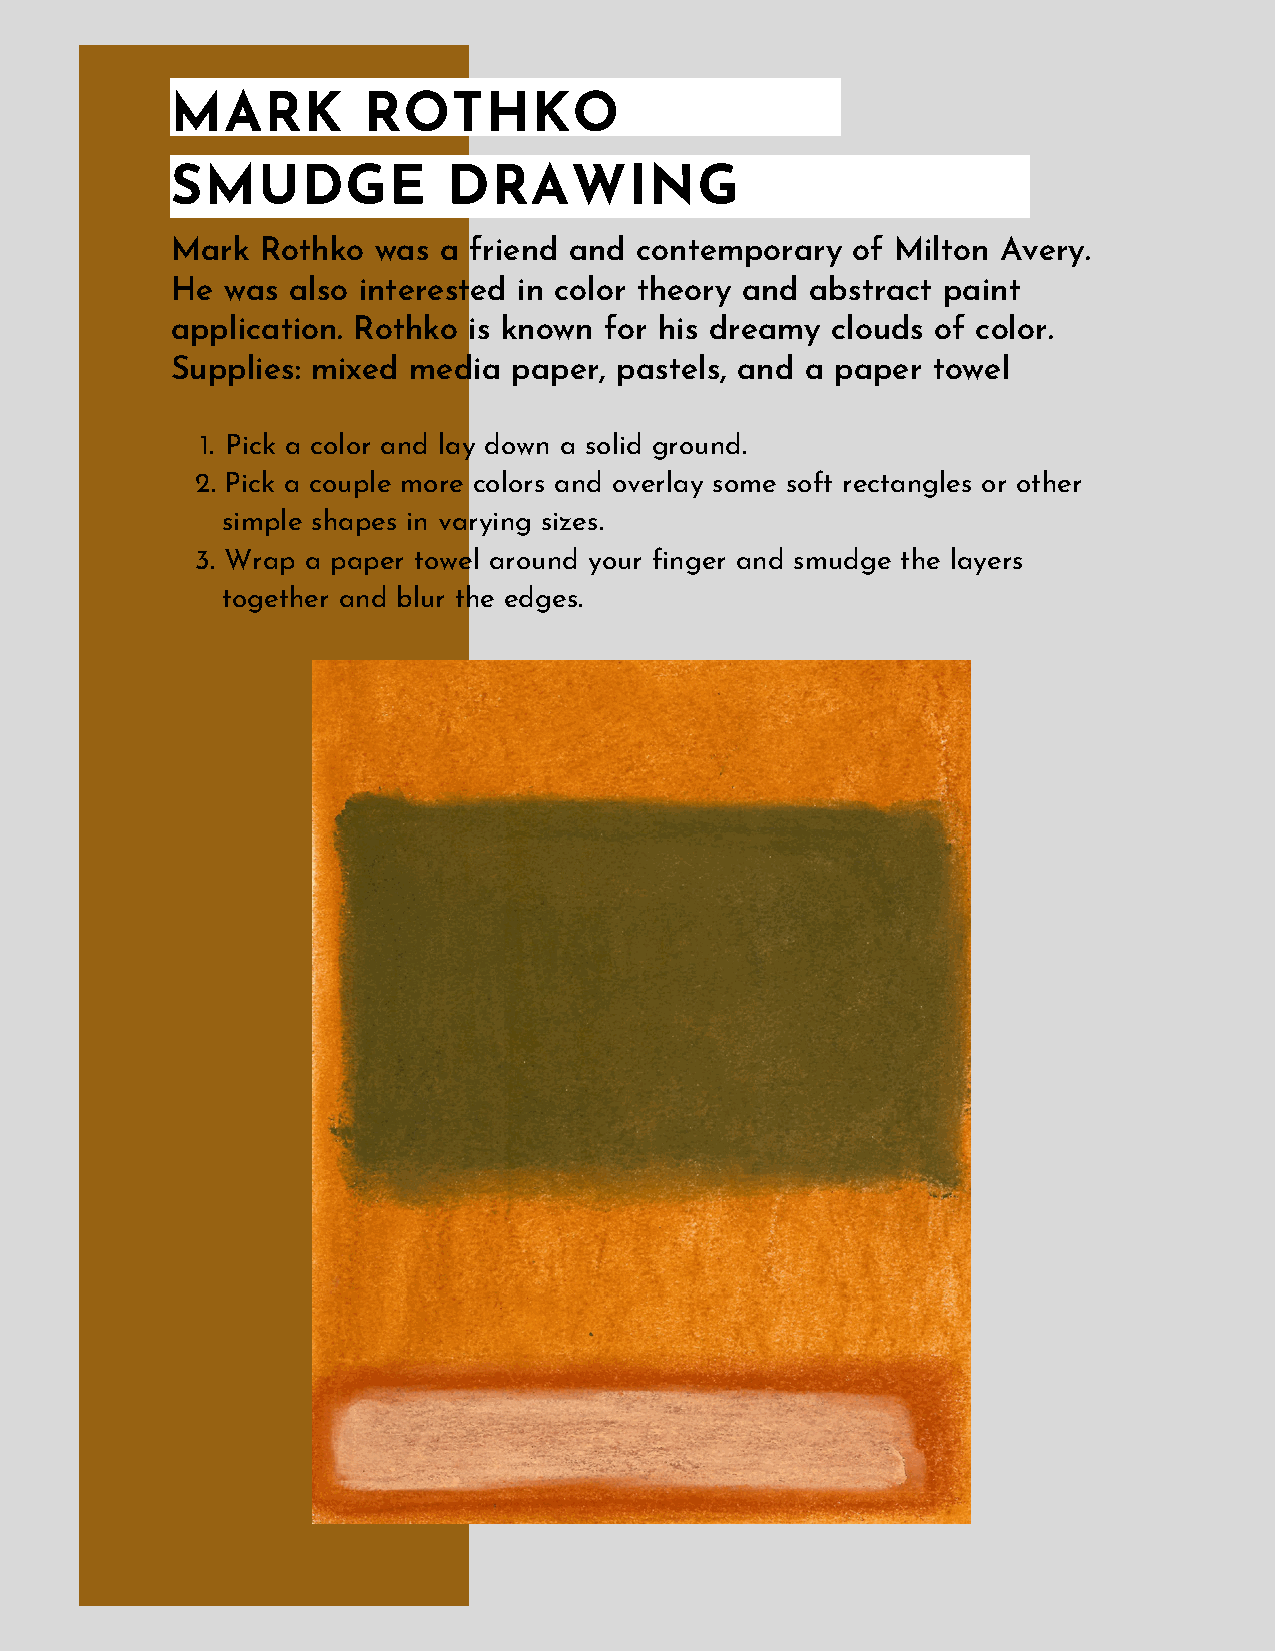
MARK         ROTHKO
 SMUDGE             DRAWING
 Mark  Rothko  was a friend and contemporary  of Milton Avery.
 He  was also interested in color theory and abstract paint
 application. Rothko is known for his dreamy clouds of color.
 Supplies: mixed media  paper, pastels, and a paper towel
 1. Pick a color and lay down a solid ground.
 2. Pick a couple more colors and overlay some soft rectangles or other
 simple shapes in varying sizes.
 3. Wrap a paper towel around your finger and smudge the layers
 together and blur the edges.